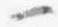
一